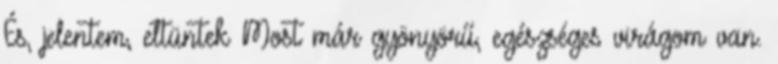
És, jelentem, eltüntek Most már gyönyörű, egészséges virágom van.